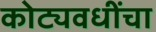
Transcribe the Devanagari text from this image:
कोट्यवधींचा